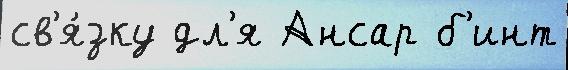
св'я́зку дл'я Ансар б'инт